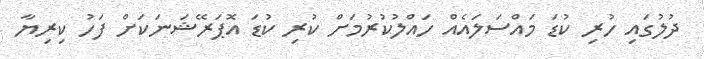
ދުލުގައި ހުރި ކުޑަ މައްސަލައެއް ހައްލުކުރުމަށް ކުރި ކުޑަ އޮޕަރޭޝަނަކަށް ފަހު ކިރިޔާ